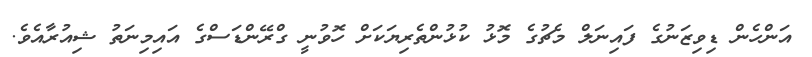
އަންހެން ޑިވިޒަނުގެ ފައިނަލް މެޗުގެ މޮޅު ކުޅުންތެރިޔަކަށް ހޮވުނީ ގްރޭންޑަސްގެ އައިމިނަތު ޝިއުރާއެވެ.